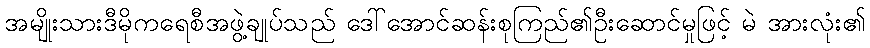
အမျိုးသားဒီမိုကရေစီအဖွဲ့ချုပ်သည် ဒေါ်အောင်ဆန်းစုကြည်၏ဦးဆောင်မှုဖြင့် မဲ အားလုံး၏